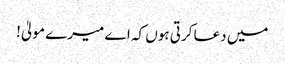
میں دعا کرتی ہوں کہ اے میرے مولیٰ!